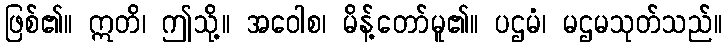
ဖြစ်၏။ ဣတိ၊ ဤသို့။ အဝေါစ၊ မိန့်တော်မူ၏။ ပဌမံ၊ မဌမသုတ်သည်။